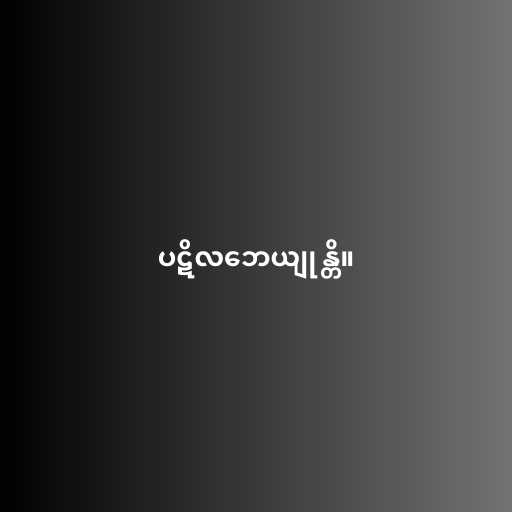
ပဋိလဘေယျုန္တိ။